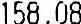
158.08